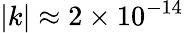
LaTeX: |k|\approx 2\times 10^{-14}